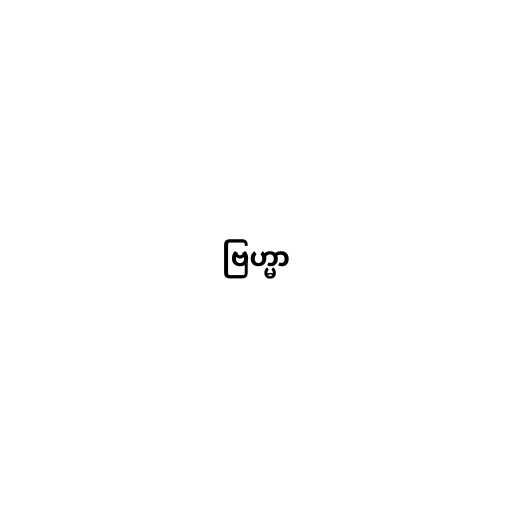
ဗြဟ္မာ